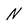
Character: N